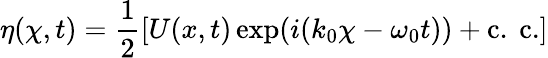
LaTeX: \eta(\chi,t)=\frac{1}{2}[U(x,t)\exp(i(k_{0}\chi-\omega_{0}t))+\mathrm{{c.~c.}}]